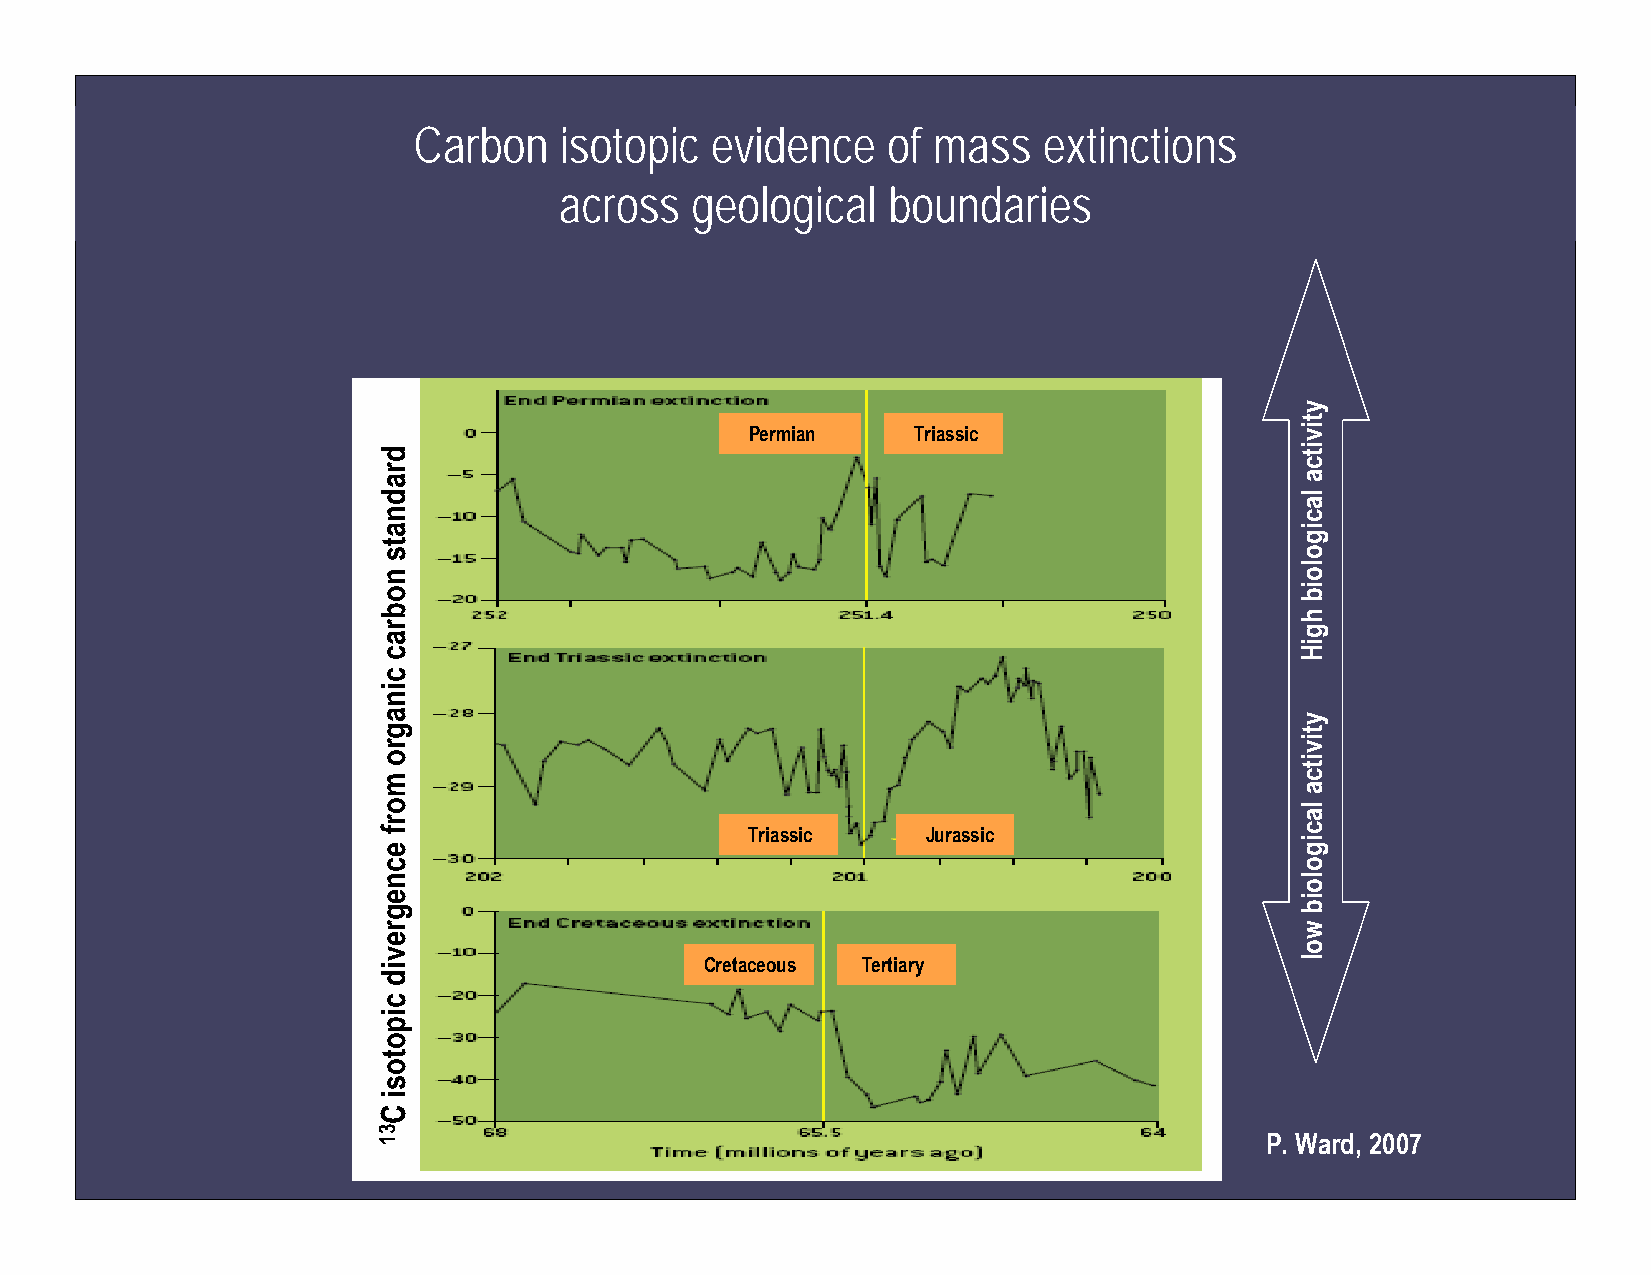
Carbon    isotopic  evidence    of mass   extinctions
 across   geological   boundaries
 Permian   Triassic
 Triassic   Jurassic
 Cretaceous Tertiary
 P. Ward, 2007
 dradnats
 nobrac
 cinagro
 morf
 ecnegrevid
 cipotosi
 C31
 ytivitca
 lacigoloib
 hgiH
 ytivitca
 lacigoloib
 wol